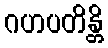
ဂဟပတိန္တိ